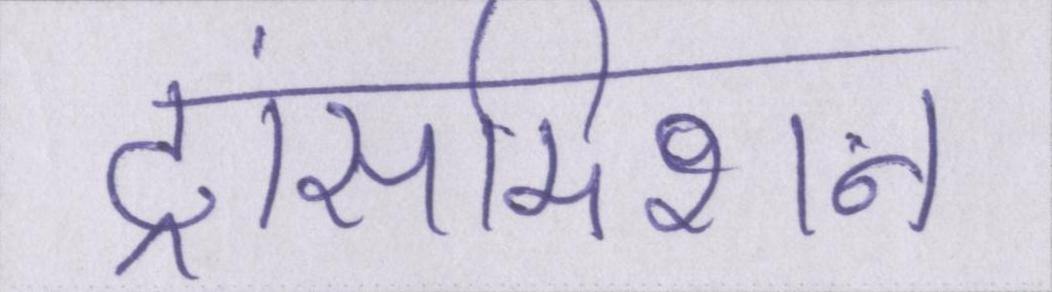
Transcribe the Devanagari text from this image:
ट्रांसमिशन